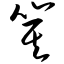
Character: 箕